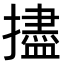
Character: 𪮺